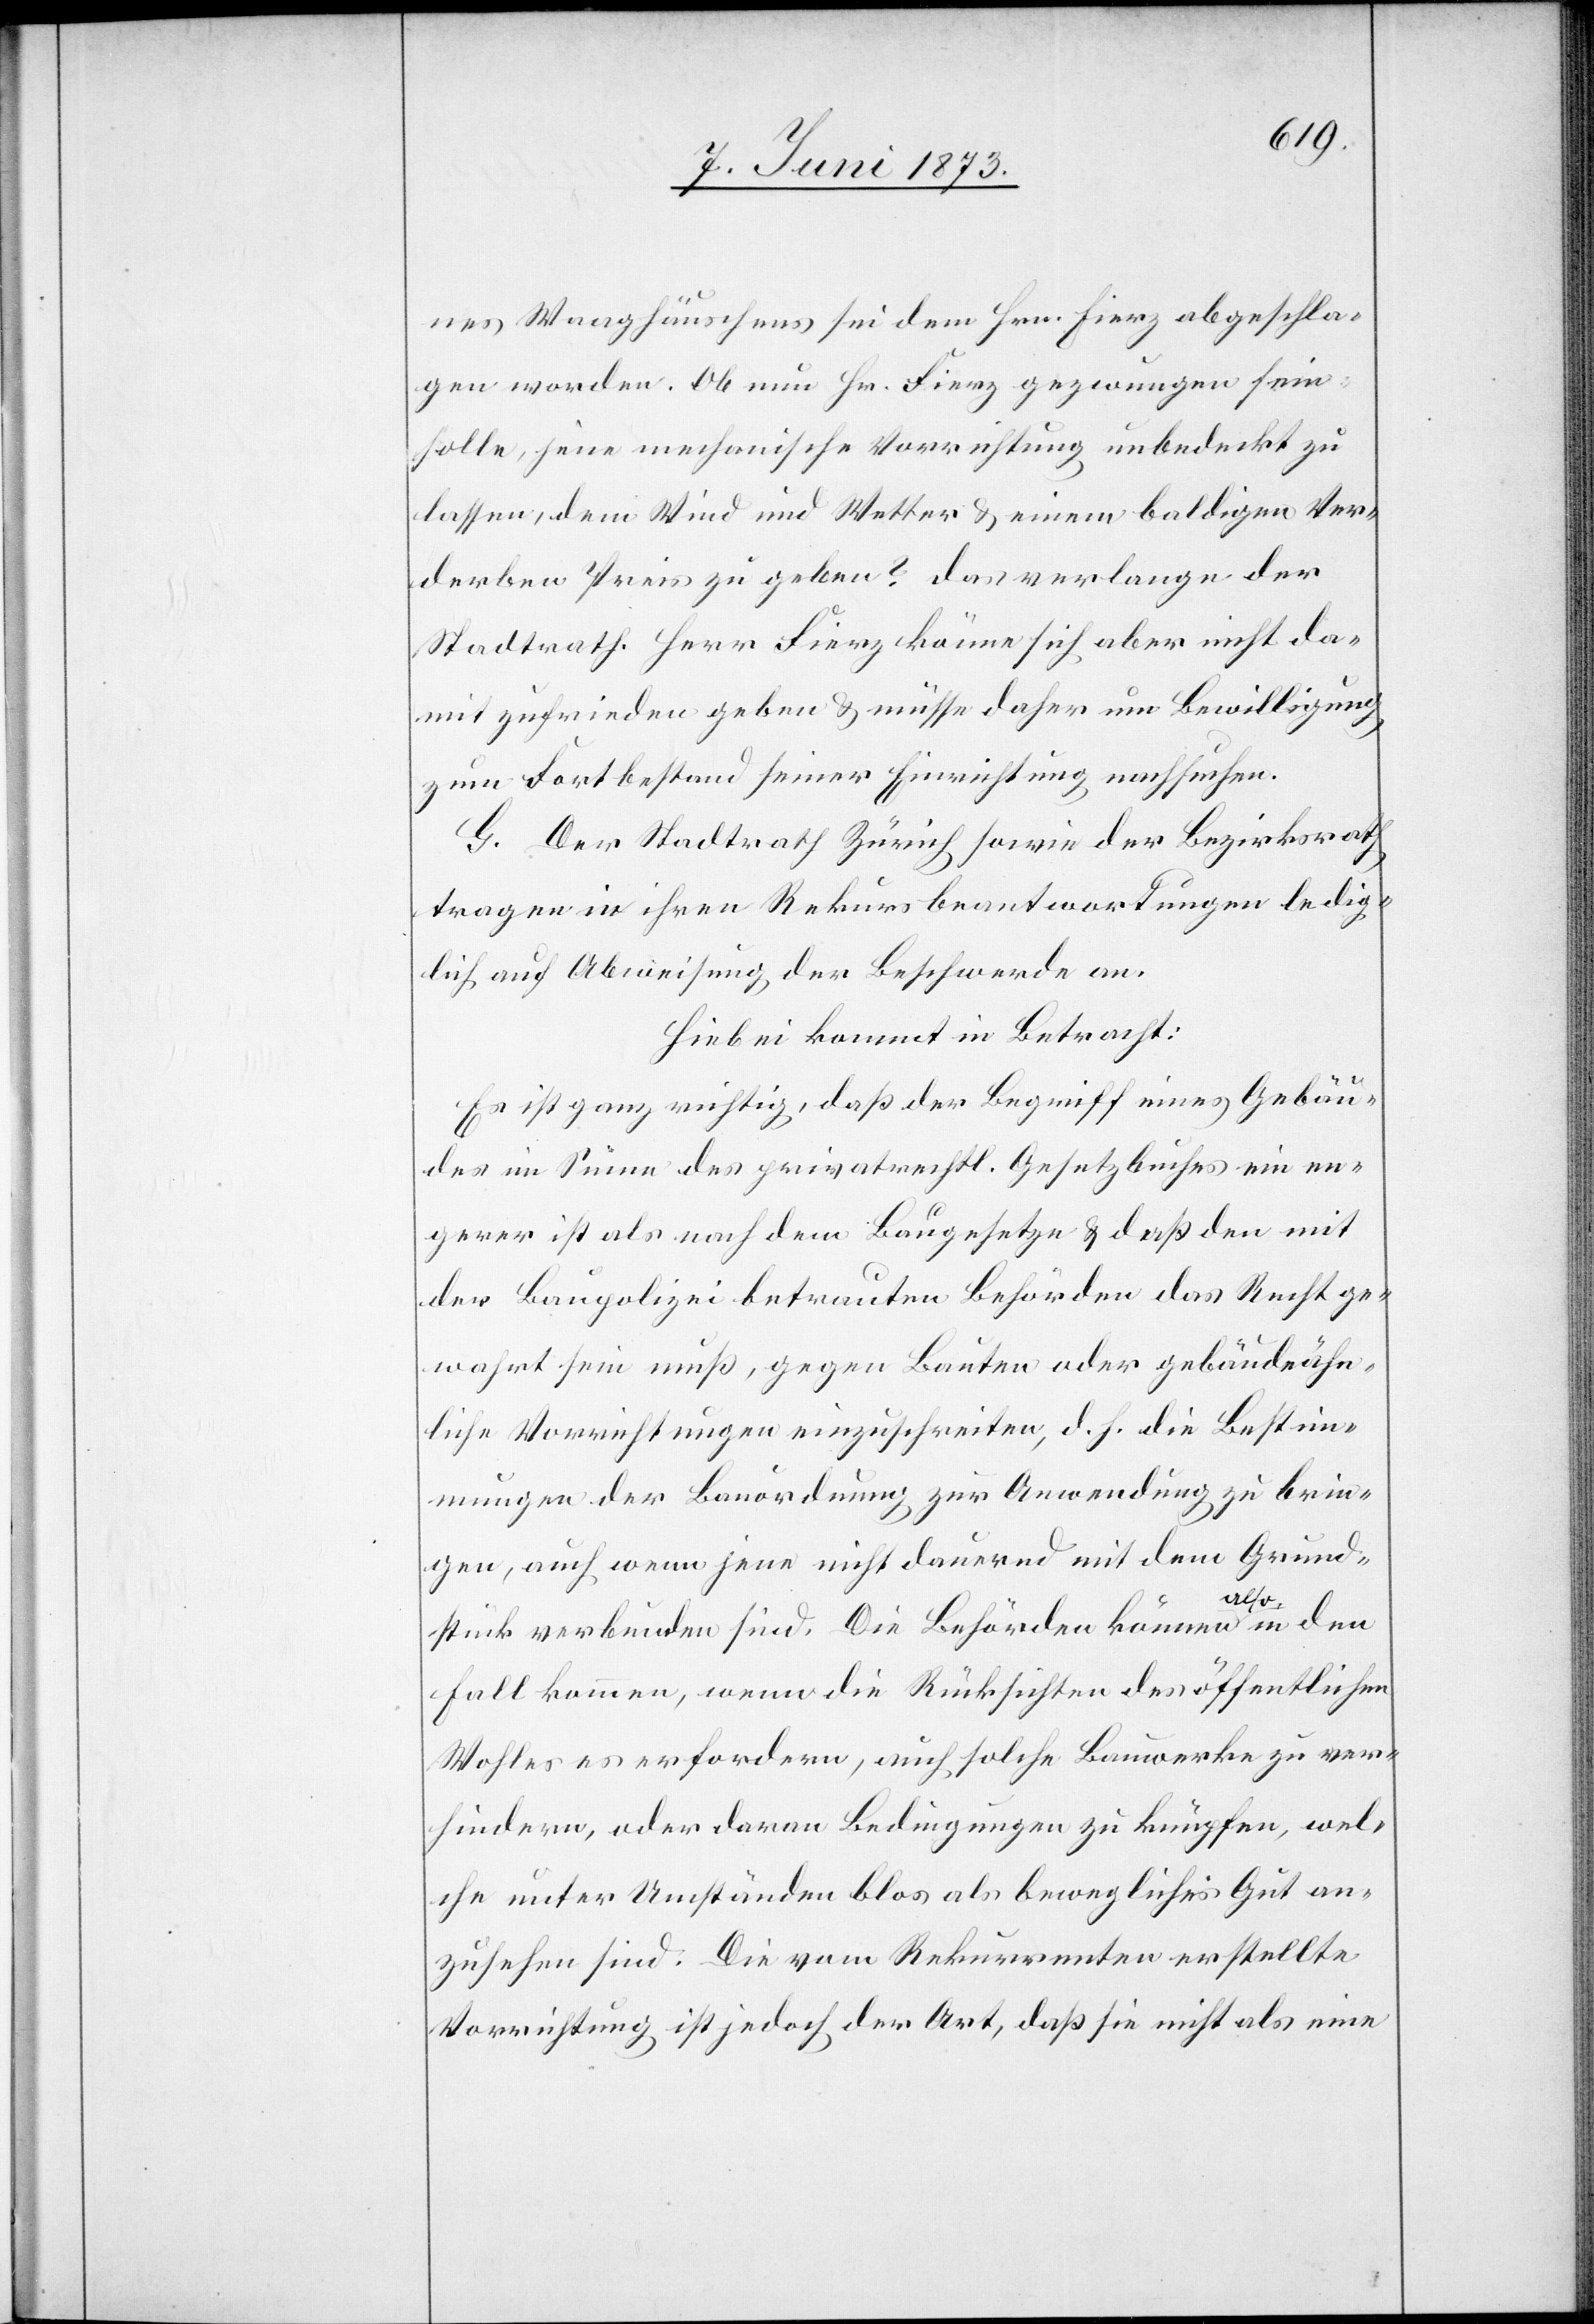
nes Waaghäuschens sei dem Hrn. Fierz abgeschla¬
gen worden. Ob nun Hr. Fierz gezwungen sein
solle, jene mechanische Vorrichtung unbedeckt zu
lassen, dem Wind und Wetter & einem baldigen Ver¬
derben Preis zu geben? Das verlange der
Stadtrath. Herr Fierz könne sich aber nicht da¬
mit zufrieden geben & müsse daher um Bewilligung
zum Fortbestand seiner Einrichtung nachsuchen.
G. Der Stadtrath Zürich sowie der Bezirksrath
tragen in ihren Rekursbeantwortungen ledig¬
lich auf Abweisung der Beschwerde an.
Hiebei kommt in Betracht:
Es ist ganz richtig, daß der Begriff eines Gebäu¬
des im Sinne des privatrechtl. Gesetzbuches ein en¬
gerer ist als nach dem Baugesetze & daß den mit
der Baupolizei betrauten Behörden das Recht ge¬
wahrt sein muß, gegen Bauten oder gebäudeähn¬
liche Vorrichtungen einzuschreiten, d. h. die Bestim¬
mungen der Bauordnung zur Anwendung zu brin¬
gen, auch wenn jene nicht dauernd mit dem Grund¬
stück verbunden sind. Die Behörden können also in den
Fall kommen, wenn die Rücksichten des öffentlichen
Wohles es erfordern, auch solche Bauwerke zu ver¬
hindern, oder daran Bedingungen zu knüpfen, wel¬
che unter Umständen blos als bewegliches Gut an¬
zusehen sind. Die vom Rekurrenten erstellte
Vorrichtung ist jedoch der Art, daß sie nicht als eine